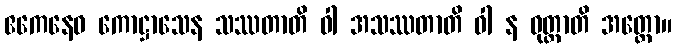
ဧကေနေဝ ကောဋ္ဌာသေန သဿတာတိ ဝါ အသဿတာတိ ဝါ န ဝုတ္တာတိ အတ္ထော။